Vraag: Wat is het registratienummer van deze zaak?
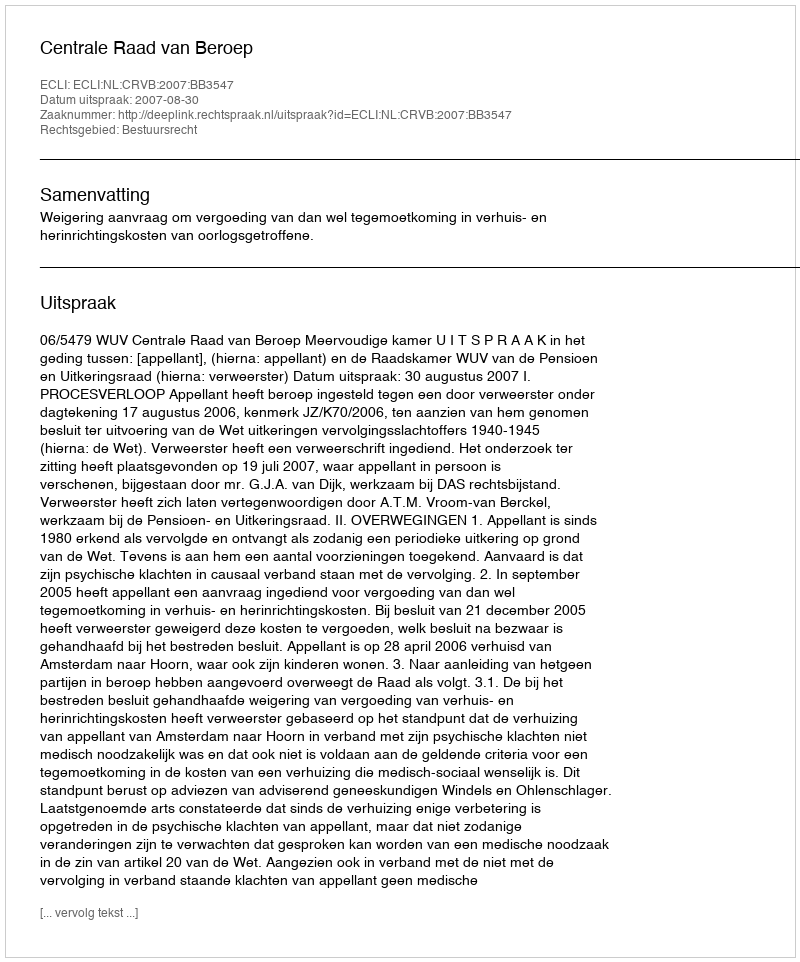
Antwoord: http://deeplink.rechtspraak.nl/uitspraak?id=ECLI:NL:CRVB:2007:BB3547